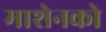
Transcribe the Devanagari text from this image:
माशेनको